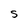
Character: S